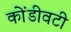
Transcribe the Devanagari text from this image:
कोंडीवटी